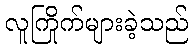
လူကြိုက်များခဲ့သည်